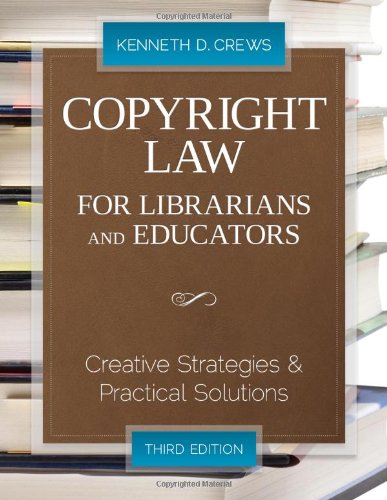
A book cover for Copyright Law for Librarians and Educators; Kenneth D. Crews; Law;